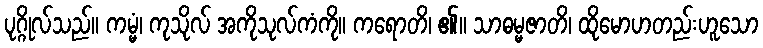
ပုဂ္ဂိုလ်သည်။ ကမ္မံ၊ ကုသိုလ် အကိုသုလ်ကံကို။ ကရောတိ၊ ၏။ သာဓမ္မဇာတိ၊ ထိုမောဟတည်းဟူသော